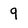
Character: 9